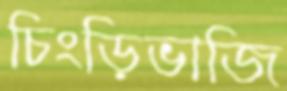
চিংড়িভাজি